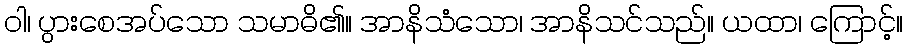
ဝါ၊ ပွားစေအပ်သော သမာဓိ၏။ အာနိသံသော၊ အာနိသင်သည်။ ယထာ၊ ကြောင့်။